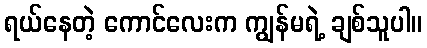
ရယ်နေတဲ့ ကောင်လေးက ကျွန်မရဲ့ ချစ်သူပါ။